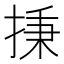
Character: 㨀